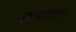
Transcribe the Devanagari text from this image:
सजीवात